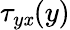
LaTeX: \tau_{y\mathit{x}}(y)